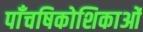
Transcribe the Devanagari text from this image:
पाँचषिकोशिकाओं